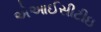
એઆઈસીટીઇ